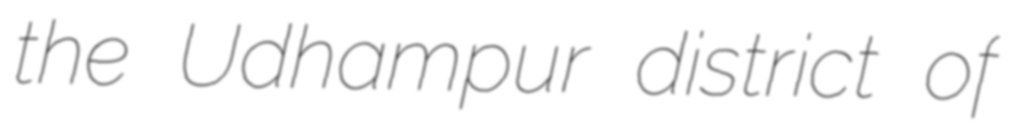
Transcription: the Udhampur district of